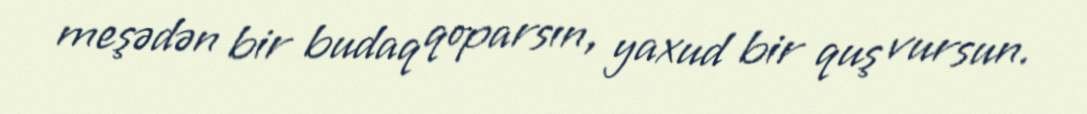
meşədən bir budaq qoparsın, yaxud bir quş vursun.